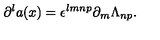
\partial ^ { l } a ( x ) = \epsilon ^ { l m n p } \partial _ { m } \Lambda _ { n p } .